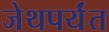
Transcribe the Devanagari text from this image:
जेथपर्यंत